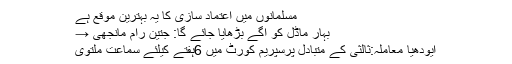
مسلمانوں میں اعتماد سازی کا یہ بہترین موقع ہے
بہار ماڈل کو آگے بڑھایا جائے گا: جتین رام مانجھی →
ایودھیا معاملہ:ثالثی کے متبادل پرسپریم کورٹ میں 6ہفتے کیلئے سماعت ملتوی